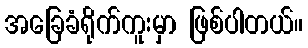
အခြေခံရိုက်ကူးမှာ ဖြစ်ပါတယ်။